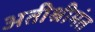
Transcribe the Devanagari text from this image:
अतीश्रीमंत